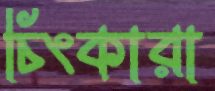
চিংকারা